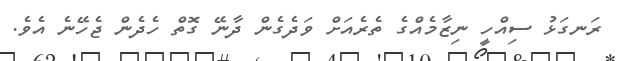
ރަނގަޅު ސިއްހީ ނިޒާމެއްގެ ތެރެއަށް ވަދެގެން ދާނޭ ގޮތް ހެދެން ޖެހޭނެ އެވެ.